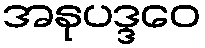
အနုပဒ္ဒဝေ